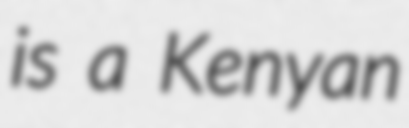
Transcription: is a Kenyan